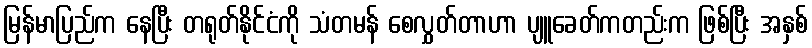
မြန်မာပြည်က နေပြီး တရုတ်နိုင်ငံကို သံတမန် စေလွှတ်တာဟာ ပျူခေတ်ကတည်းက ဖြစ်ပြီး အနှစ်